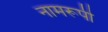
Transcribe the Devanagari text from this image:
नामरूपी